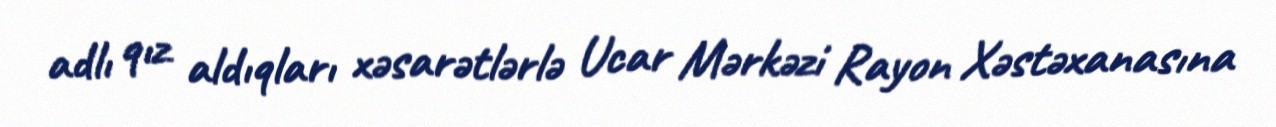
adlı qız aldıqları xəsarətlərlə Ucar Mərkəzi Rayon Xəstəxanasına